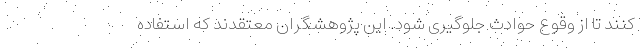
کنند تا از وقوع حوادث جلوگیری شود. این پژوهشگران معتقدند که استفاده